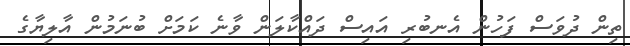
ތިން ދުވަސް ފަހުން އެނބުރި އައިސް ދައްކާލަން ވާނެ ކަމަށް ބުނަމުން އާލިޔާގެ